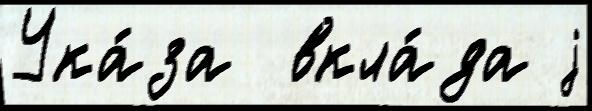
Ука́за  вкла́да j